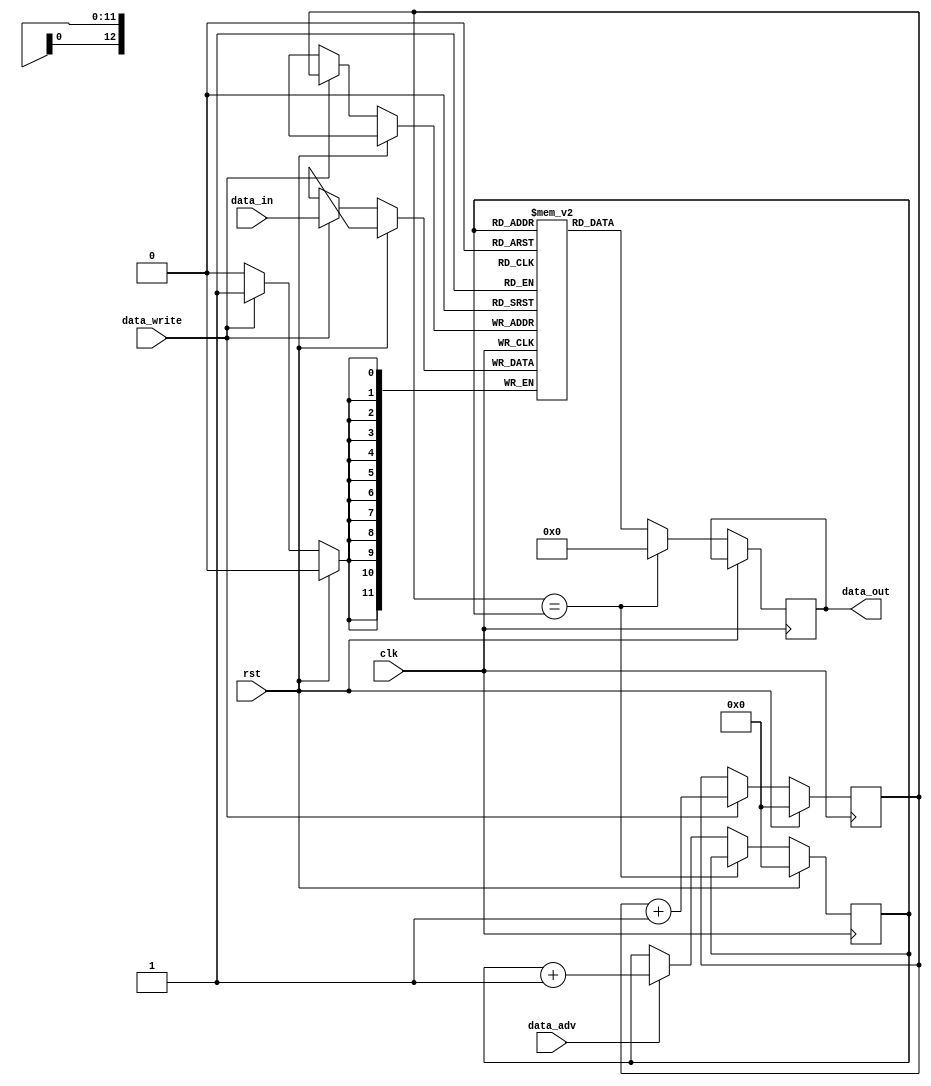
`timescale 1ns / 1ps
//////////////////////////////////////////////////////////////////////////////////
// Company: 
// Engineer: 
// 
// Design Name: 
// Module Name:    Fifo 
// Project Name: 
// Target Devices: 
// Tool versions: 
// Description: 
//
// Dependencies: 
//
// Revision: 
// Revision 0.01 - File Created
// Additional Comments: 
//
//////////////////////////////////////////////////////////////////////////////////
module Fifo(
    input clk,
	 input rst,
    input data_write,
    input [11:0] data_in,
    output reg [11:0] data_out,
    input data_adv
    );

	reg [12:0] in_addr = 0;
	reg [12:0] out_addr = 0;
	
	reg [11:0] fifo_array [0:8191];
	
	always @(posedge clk) begin
		if (rst) begin
			in_addr <= 0;
			out_addr <= 0;
		end
		else begin
			if (data_write) begin
				fifo_array[in_addr] <= data_in;
				in_addr <= in_addr + 1'b1;
			end

		   if (in_addr == out_addr) 
			   data_out <= 12'h000;
			else begin
			   data_out <= fifo_array[out_addr];
			   if (data_adv) out_addr <= out_addr + 1'b1;
			end
		end
	end

endmodule